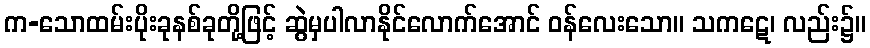
က-သောထမ်းပိုးခုနစ်ခုတို့ဖြင့် ဆွဲမှပါလာနိုင်လောက်အောင် ဝန်လေးသော။ သကဋေ၊ လည်း၌။